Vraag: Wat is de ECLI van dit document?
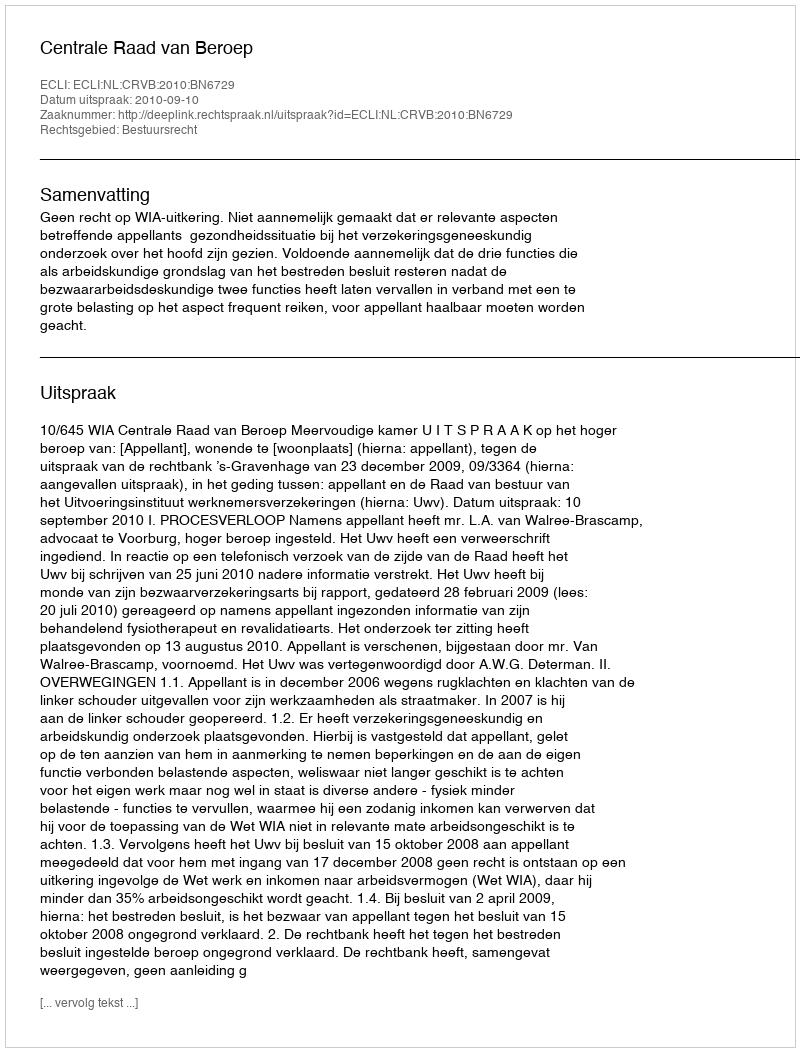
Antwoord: ECLI:NL:CRVB:2010:BN6729